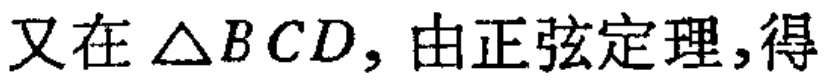
又在$\triangle BCD$, 由正弦定理,得